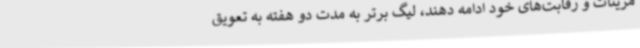
مرینات و رقابت‌های خود ادامه دهند، لیگ برتر به مدت دو هفته به تعویق